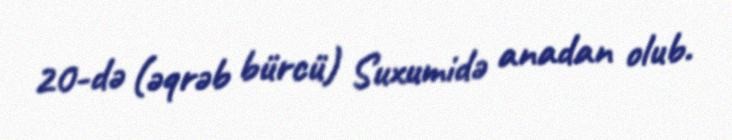
20-də (əqrəb bürcü) Suxumidə anadan olub.